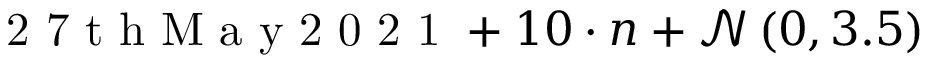
\mathrm { ~ 2 ~ 7 ~ t ~ h ~ M ~ a ~ y ~ 2 ~ 0 ~ 2 ~ 1 ~ } + 1 0 \cdot n + \mathcal { N } \left( 0 , 3 . 5 \right)